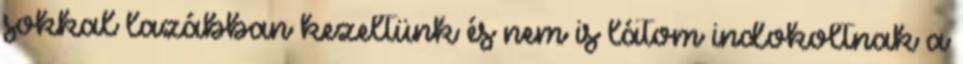
sokkal lazábban kezeltünk és nem is látom indokoltnak a